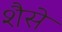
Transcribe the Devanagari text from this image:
शैसे